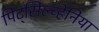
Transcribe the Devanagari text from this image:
पिट्‌सिल्व्हेनिया